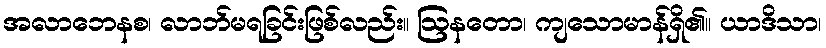
အလာဘေနစ၊ လာဘ်မရခြင်းဖြစ်လည်း။ ဩနတော၊ ကျသောမာန်ရှိ၏။ ယာဒိသာ၊